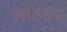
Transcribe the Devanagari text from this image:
लाउसंस